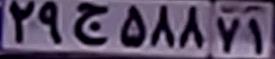
۲۹ج۵۸۸۷۱